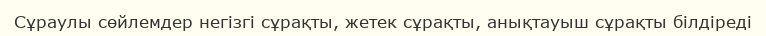
Сұраулы сөйлемдер негізгі сұрақты, жетек сұрақты, анықтауыш сұрақты білдіреді